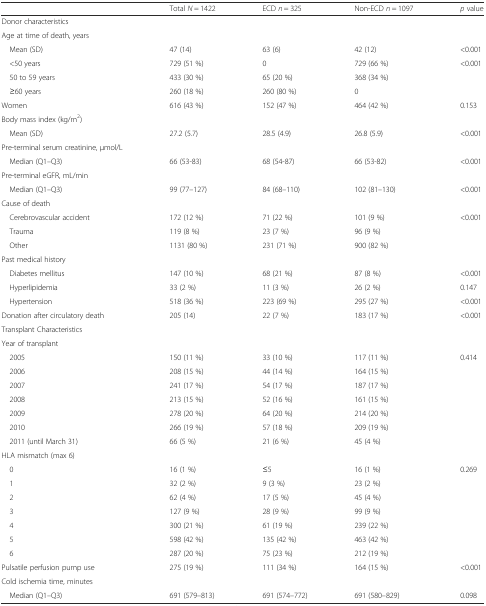
<table><thead><tr><td></td><td><b>Total <i>N</i> = 1422</b></td><td><b>ECD <i>n</i> = 325</b></td><td><b>Non-ECD <i>n</i> = 1097</b></td><td><b><i>p</i> value</b></td></tr></thead><tbody><tr><td>Donor characteristics</td><td></td><td></td><td></td><td></td></tr><tr><td>Age at time of death, years</td><td></td><td></td><td></td><td></td></tr><tr><td> Mean (SD)</td><td>47 (14)</td><td>63 (6)</td><td>42 (12)</td><td>&lt;0.001</td></tr><tr><td> &lt;50 years</td><td>729 (51 %)</td><td>0</td><td>729 (66 %)</td><td rowspan="3">&lt;0.001</td></tr><tr><td> 50 to 59 years</td><td>433 (30 %)</td><td>65 (20 %)</td><td>368 (34 %)</td></tr><tr><td> ≥60 years</td><td>260 (18 %)</td><td>260 (80 %)</td><td>0</td></tr><tr><td>Women</td><td>616 (43 %)</td><td>152 (47 %)</td><td>464 (42 %)</td><td>0.153</td></tr><tr><td>Body mass index (kg/m<sup>2</sup>)</td><td></td><td></td><td></td><td></td></tr><tr><td> Mean (SD)</td><td>27.2 (5.7)</td><td>28.5 (4.9)</td><td>26.8 (5.9)</td><td>&lt;0.001</td></tr><tr><td>Pre-terminal serum creatinine, μmol/L</td><td></td><td></td><td></td><td></td></tr><tr><td> Median (Q1–Q3)</td><td>66 (53-83)</td><td>68 (54-87)</td><td>66 (53-82)</td><td>&lt;0.001</td></tr><tr><td>Pre-terminal eGFR, mL/min</td><td></td><td></td><td></td><td></td></tr><tr><td> Median (Q1–Q3)</td><td>99 (77–127)</td><td>84 (68–110)</td><td>102 (81–130)</td><td>&lt;0.001</td></tr><tr><td>Cause of death</td><td></td><td></td><td></td><td></td></tr><tr><td> Cerebrovascular accident</td><td>172 (12 %)</td><td>71 (22 %)</td><td>101 (9 %)</td><td rowspan="3">&lt;0.001</td></tr><tr><td> Trauma</td><td>119 (8 %)</td><td>23 (7 %)</td><td>96 (9 %)</td></tr><tr><td> Other</td><td>1131 (80 %)</td><td>231 (71 %)</td><td>900 (82 %)</td></tr><tr><td>Past medical history</td><td></td><td></td><td></td><td></td></tr><tr><td> Diabetes mellitus</td><td>147 (10 %)</td><td>68 (21 %)</td><td>87 (8 %)</td><td>&lt;0.001</td></tr><tr><td> Hyperlipidemia</td><td>33 (2 %)</td><td>11 (3 %)</td><td>26 (2 %)</td><td>0.147</td></tr><tr><td> Hypertension</td><td>518 (36 %)</td><td>223 (69 %)</td><td>295 (27 %)</td><td>&lt;0.001</td></tr><tr><td>Donation after circulatory death</td><td>205 (14)</td><td>22 (7 %)</td><td>183 (17 %)</td><td>&lt;0.001</td></tr><tr><td>Transplant Characteristics</td><td></td><td></td><td></td><td></td></tr><tr><td>Year of transplant</td><td></td><td></td><td></td><td></td></tr><tr><td> 2005</td><td>150 (11 %)</td><td>33 (10 %)</td><td>117 (11 %)</td><td rowspan="7">0.414</td></tr><tr><td> 2006</td><td>208 (15 %)</td><td>44 (14 %)</td><td>164 (15 %)</td></tr><tr><td> 2007</td><td>241 (17 %)</td><td>54 (17 %)</td><td>187 (17 %)</td></tr><tr><td> 2008</td><td>213 (15 %)</td><td>52 (16 %)</td><td>161 (15 %)</td></tr><tr><td> 2009</td><td>278 (20 %)</td><td>64 (20 %)</td><td>214 (20 %)</td></tr><tr><td> 2010</td><td>266 (19 %)</td><td>57 (18 %)</td><td>209 (19 %)</td></tr><tr><td> 2011 (until March 31)</td><td>66 (5 %)</td><td>21 (6 %)</td><td>45 (4 %)</td></tr><tr><td>HLA mismatch (max 6)</td><td></td><td></td><td></td><td></td></tr><tr><td> 0</td><td>16 (1 %)</td><td>≤5</td><td>16 (1 %)</td><td rowspan="7">0.269</td></tr><tr><td> 1</td><td>32 (2 %)</td><td>9 (3 %)</td><td>23 (2 %)</td></tr><tr><td> 2</td><td>62 (4 %)</td><td>17 (5 %)</td><td>45 (4 %)</td></tr><tr><td> 3</td><td>127 (9 %)</td><td>28 (9 %)</td><td>99 (9 %)</td></tr><tr><td> 4</td><td>300 (21 %)</td><td>61 (19 %)</td><td>239 (22 %)</td></tr><tr><td> 5</td><td>598 (42 %)</td><td>135 (42 %)</td><td>463 (42 %)</td></tr><tr><td> 6</td><td>287 (20 %)</td><td>75 (23 %)</td><td>212 (19 %)</td></tr><tr><td>Pulsatile perfusion pump use</td><td>275 (19 %)</td><td>111 (34 %)</td><td>164 (15 %)</td><td>&lt;0.001</td></tr><tr><td>Cold ischemia time, minutes</td><td></td><td></td><td></td><td></td></tr><tr><td> Median (Q1–Q3)</td><td>691 (579–813)</td><td>691 (574–772)</td><td>691 (580–829)</td><td>0.098</td></tr></tbody></table>